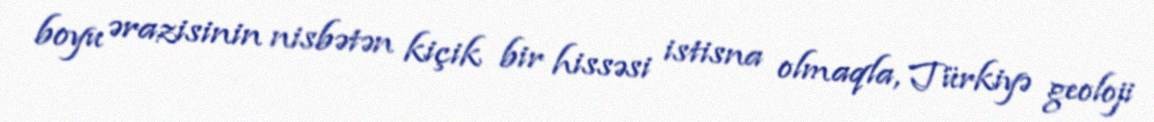
boyu ərazisinin nisbətən kiçik bir hissəsi istisna olmaqla, Türkiyə geoloji